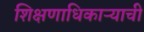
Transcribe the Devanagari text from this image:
शिक्षणाधिकाऱ्याची